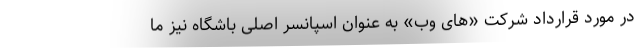
در مورد قرارداد شرکت «های وب» به عنوان اسپانسر اصلی باشگاه نیز ما